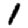
Digit: 1